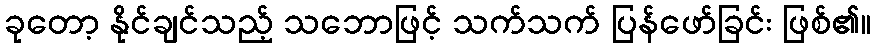
ခုတော့ နိုင်ချင်သည့် သဘောဖြင့် သက်သက် ပြန်ဖော်ခြင်း ဖြစ်၏။